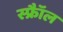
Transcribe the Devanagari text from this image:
स्फ्रैॉल